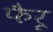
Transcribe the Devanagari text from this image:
फैरू